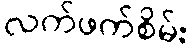
လက်ဖက်စိမ်း